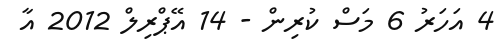
4 އަހަރު 6 މަސް ކުރިން - 14 އޭޕްރިލް 2012 އާ